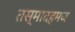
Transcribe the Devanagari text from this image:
तस्मादहमज